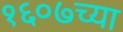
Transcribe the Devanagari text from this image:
१६०७च्या